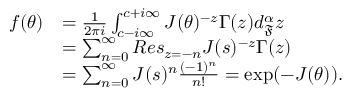
\begin{array} { r l } { f ( \theta ) } & { = \frac { 1 } { 2 \pi i } \int _ { c - i \infty } ^ { c + i \infty } J ( \theta ) ^ { - z } \Gamma ( z ) d _ { \mathfrak { F } } ^ { \alpha } z } \\ & { = \sum _ { n = 0 } ^ { \infty } R e s _ { z = - n } J ( s ) ^ { - z } \Gamma ( z ) } \\ & { = \sum _ { n = 0 } ^ { \infty } J ( s ) ^ { n } \frac { ( - 1 ) ^ { n } } { n ! } = \exp ( - J ( \theta ) ) . } \end{array}